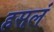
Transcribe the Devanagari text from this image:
हसलं